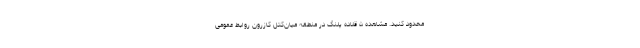
محدود کنید. مشاهده ۵ قلاده پلنگ در منطقه میان‌کتل کازرون روابط عمومی